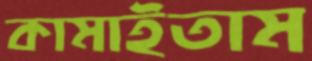
কামাইতাম